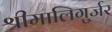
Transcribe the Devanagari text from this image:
श्रीमालिगुर्जर